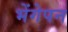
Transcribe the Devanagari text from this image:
भेंगेपन